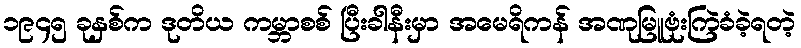
၁၉၄၅ ခုနှစ်က ဒုတိယ ကမ္ဘာစစ် ပြီးခါနီးမှာ အမေရိကန် အဏုမြူဗုံးကြဲခံခဲ့ရတဲ့